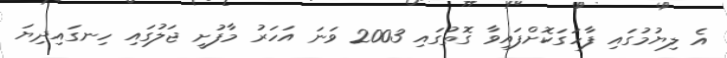
އެ ލިޔުމުގައި ފާހަގަކޮށްފައިވާ ގޮތުގައި 2003 ވަނަ އަހަރު މާފުށީ ޖަލުގައި ހިނގައިދިޔަ